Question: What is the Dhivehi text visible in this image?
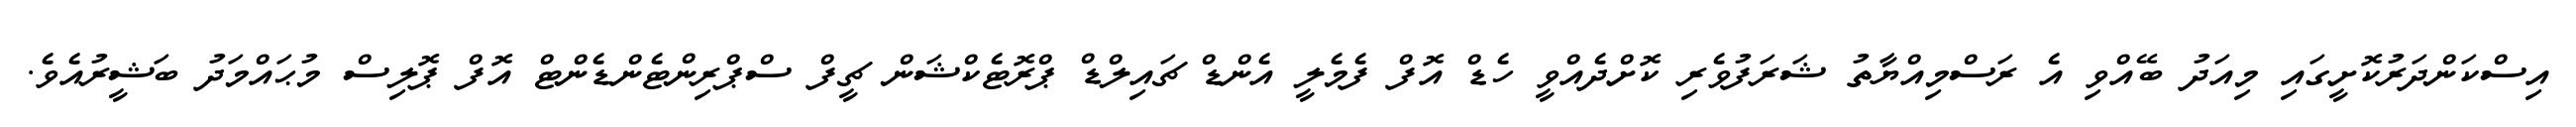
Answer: އިސްކަންދަރުކޮށީގައި މިއަދު ބޭއްވި އެ ރަސްމިއްޔާތު ޝަރަފުވެރި ކޮށްދެއްވީ ހެޑް އޮފް ފެމެލީ އެންޑް ޗައިލްޑް ޕްރޮޓެކްޝަން ޗީފް ސްޕްރިންޓެންޑެންޓް އޮފް ޕޮލިސް މުޙައްމަދު ބަޝީރުއެވެ.